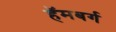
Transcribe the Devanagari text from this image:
हॅमबर्ग